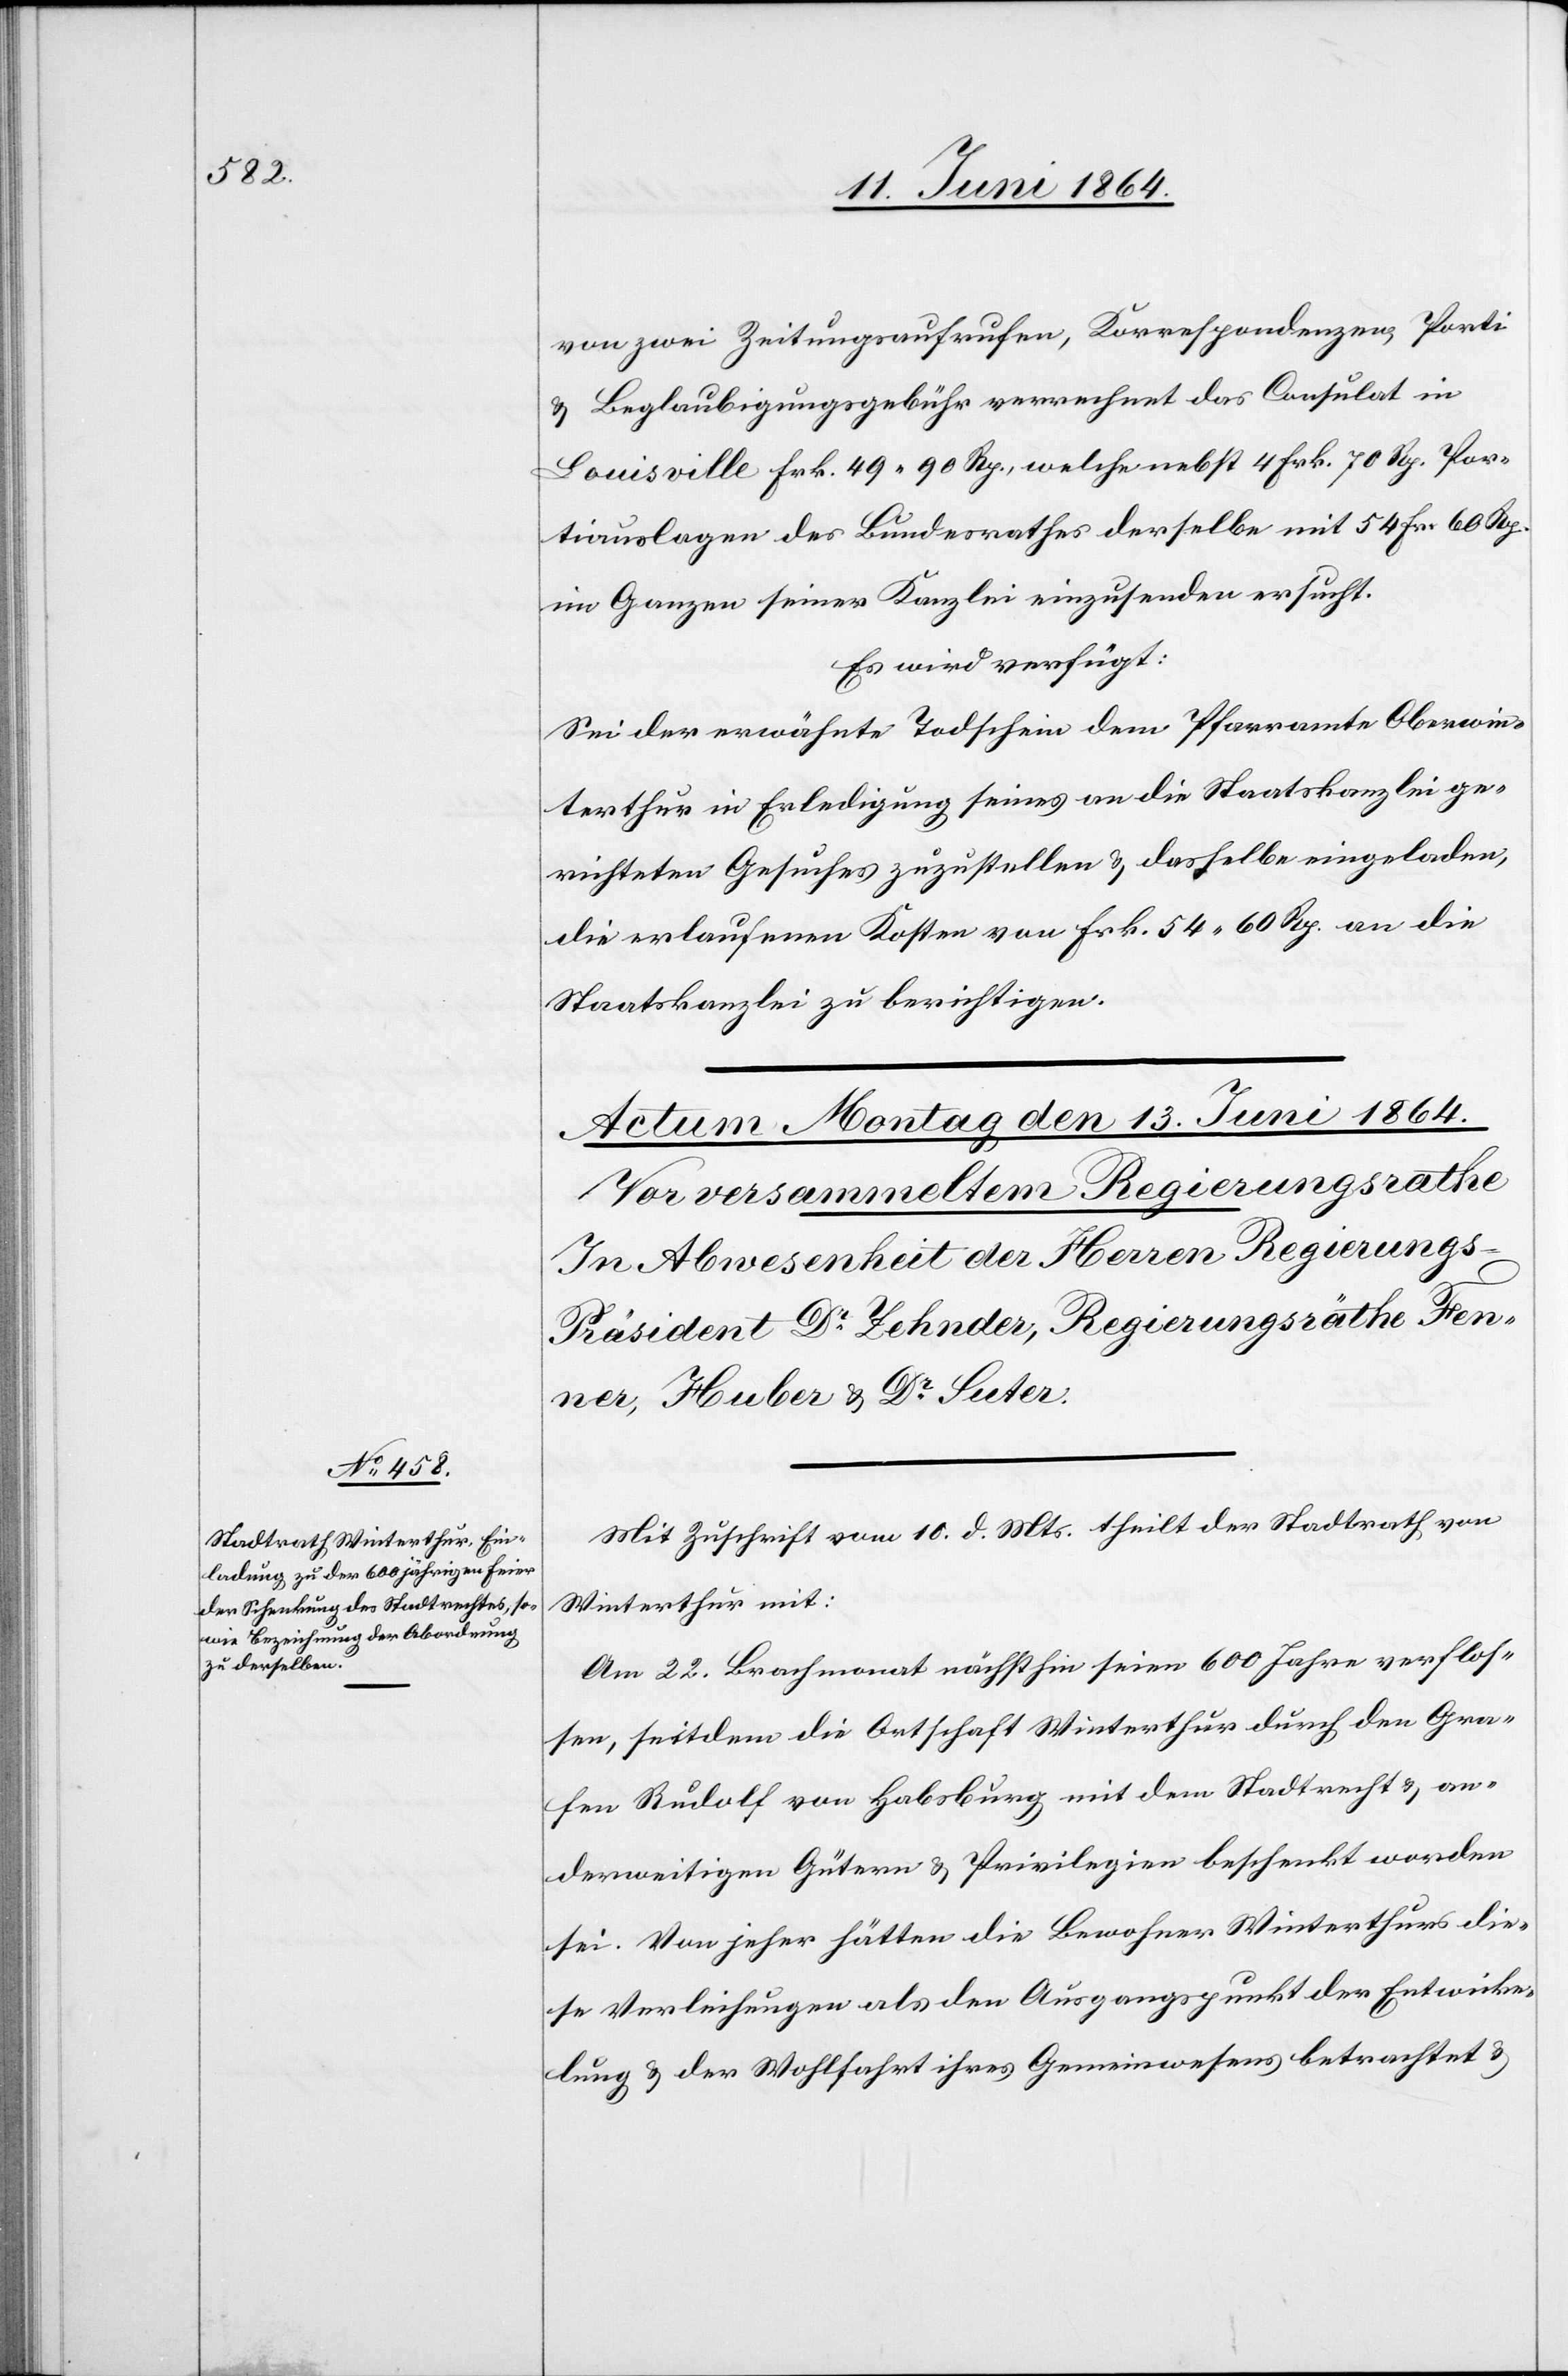
von zwei Zeitungsaufrufen, Korrespondenzen, Porti
u. Beglaubigungsgebühr verrechnet das Consulat in
Louisville Frk. 49 90 Rp., welche nebst 4 Frk. 70 Rp. Por¬
tiauslagen des Bundesrathes derselbe mit 54 Fr. 60 Rp.
im Ganzen seiner Kanzlei einzusenden ersucht.
Es wird verfügt:
Sei der erwähnte Todschein dem Pfarramte Oberwin¬
terthur in Erledigung seines an die Staatskanzlei ge¬
richteten Gesuches zuzustellen u. dasselbe eingeladen,
die erlaufenen Kosten von Frk. 54 60 Rp. an die
Staatskanzlei zu berichtigen.
Mit Zuschrift vom 10. d. Mts. theilt der Stadtrath von
Winterthur mit:
Am 22. Brachmonat nächsthin seien 600 Jahre verflos¬
sen, seitdem die Ortschaft Winterthur durch den Gra¬
fen Rudolf von Habsburg mit dem Stadtrecht u. an¬
derweitigen Gütern u. Privilegien beschenkt worden
sei. Von jeher hätten die Bewohner Winterthurs die¬
se Verleihungen als den Ausgangspunkt der Entwick¬
lung u. der Wohlfahrt ihres Gemeinwesens betrachtet u.